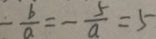
- \frac { b } { a } = - \frac { 5 } { a } = 5